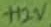
Text: +12V